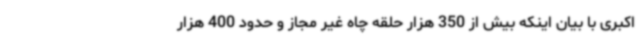
اکبری با بیان اینکه بیش از 350 هزار حلقه چاه غیر مجاز و حدود 400 هزار